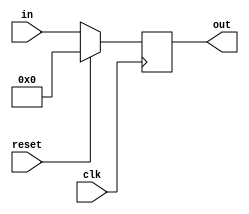
module register(clk, reset, in, out);
  input clk,reset;
  input [15:0] in;
  output reg [15:0] out;
  
  always @(posedge clk)begin
    if(reset)begin
      out <= 0;
    end
  else begin
    out <= in;
  end
end
endmodule